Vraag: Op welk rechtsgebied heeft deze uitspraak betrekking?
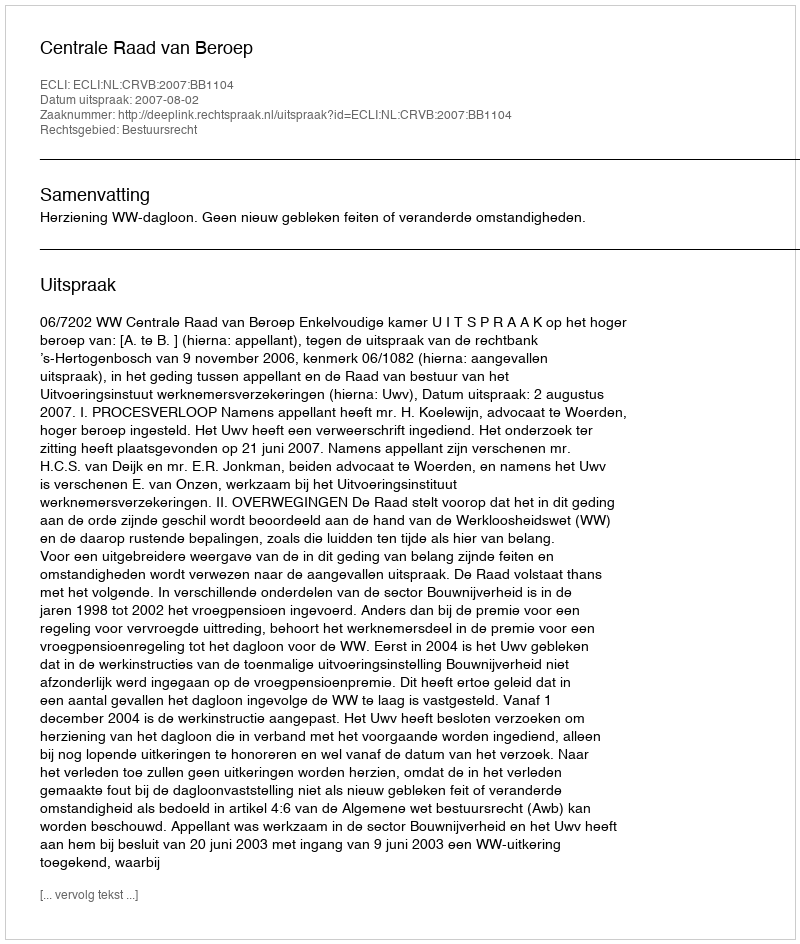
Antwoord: Bestuursrecht